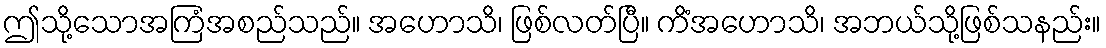
ဤသို့သောအကြံအစည်သည်။ အဟောသိ၊ ဖြစ်လတ်ပြီ။ ကိံအဟောသိ၊ အဘယ်သို့ဖြစ်သနည်း။